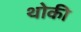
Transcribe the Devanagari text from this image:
थोकी